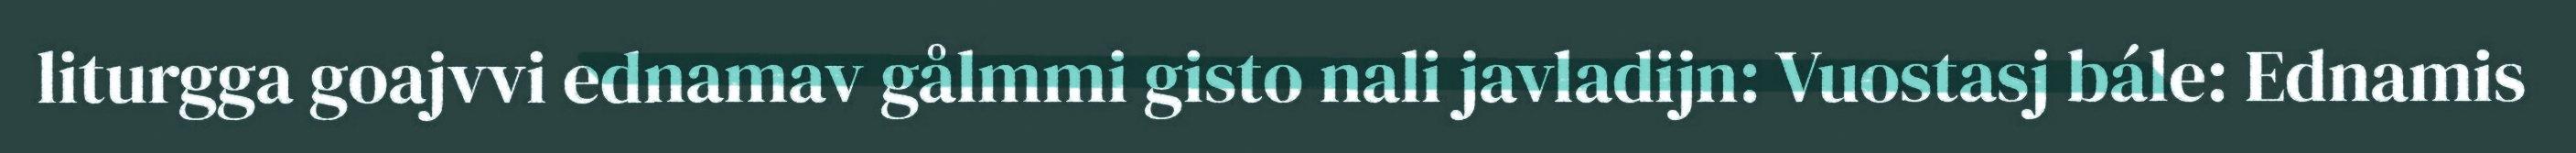
liturgga goajvvi ednamav gålmmi gisto nali javladijn: Vuostasj bále: Ednamis